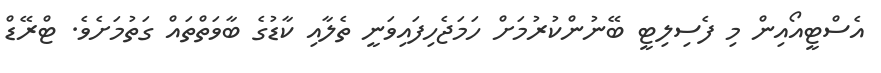
އެސްޓީއޯއިން މި ފެސިލިޓީ ބޭނުންކުރުމަށް ހަމަޖެހިފައިވަނީ ތެލާއި ކާޑުގެ ބާވަތްތައް ގަތުމަށެވެ. ޓްރޭޑް